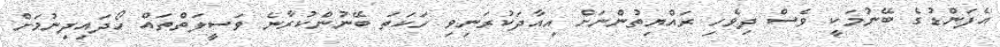
އެފަންޑުގެ ބޭނުމަކީ ވެސް ދިވެހި ރައްޔިތުންނަށް އިއާދަކުރަނިވި ހަކަތަ ބޭނުންކުރާނެ ވަސީލަތްތައް ހޯދައިދިނުމަށް